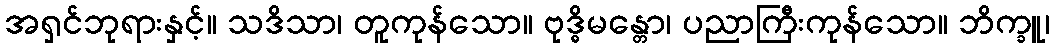
အရှင်ဘုရားနှင့်။ သဒိသာ၊ တူကုန်သော။ ဗုဒ္ဓိမန္တော၊ ပညာကြီးကုန်သော။ ဘိက္ခူ၊